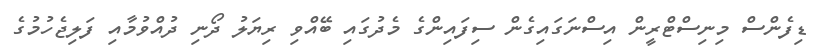
ޑިފެންސް މިނިސްޓްރީން އިސްނަގައިގެން ސިފައިންގެ މެދުގައި ބޭއްވި ރިޔަލު ދޯނި ދުއްވުމާއި ފަލިޖެހުމުގެ